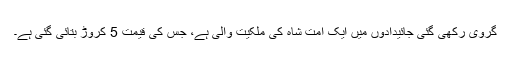
گروی رکھی گئی جائیدادوں میں ایک امت شاہ کی ملکیت والی ہے، جس کی قیمت 5 کروڑ بتائی گئی ہے۔